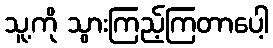
သူ့ကို သွားကြည့်ကြတာပေါ့